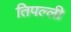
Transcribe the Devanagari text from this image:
तिपल्ली